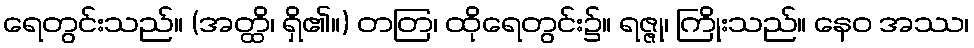
ရေတွင်းသည်။ (အတ္ထိ၊ ရှိ၏။) တတြ၊ ထိုရေတွင်း၌။ ရဇ္ဇု၊ ကြိုးသည်။ နေဝ အဿ၊